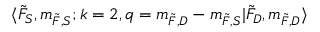
\langle \Tilde { F } _ { S } , m _ { \Tilde { F } , S } ; k = 2 , q = m _ { \Tilde { F } , D } - m _ { \Tilde { F } , S } \lvert \Tilde { F } _ { D } , m _ { \Tilde { F } , D } \rangle